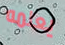
يعلمه